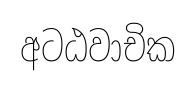
අටඨවාචික